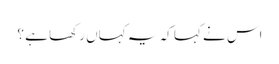
اس نے کہا کہ یہ کہاں رکھا ہے ؟